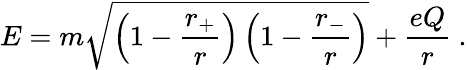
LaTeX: E=m\sqrt{\left(1-{\frac{r_{+}}{r}}\right)\left(1-{\frac{r_{-}}{r}}\right)}+{\frac{eQ}{r}}~.